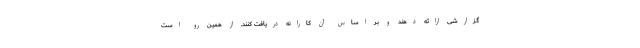
گزارشی ارائه دهند و بر اساس آن کارانه دریافت کنند. از همین رو است